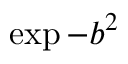
\exp { - b ^ { 2 } }